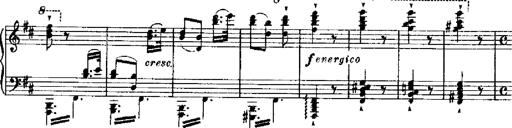
Title: RÃ©miniscences de Robert le diable
Composer: Franz Liszt